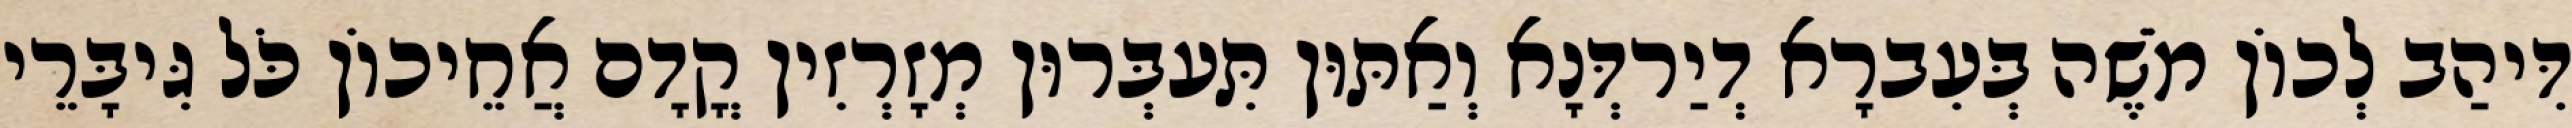
דִּיהַב לְכוֹן מֹשֶׁה בְּעִברָא דְיַרדְּנָא וְאַתּוּן תִּעבְּרוּן מְזָרְזִין קֳדָם אֲחֵיכוֹן כֹּל גִּיבָּרֵי